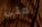
حتى